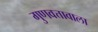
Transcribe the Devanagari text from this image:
गुणवत्तावाला